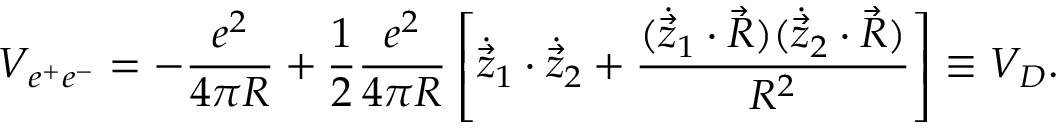
V _ { e ^ { + } e ^ { - } } = - { \frac { e ^ { 2 } } { 4 \pi R } } + { \frac { 1 } { 2 } } { \frac { e ^ { 2 } } { 4 \pi R } } \left[ { \dot { \vec { z } } } _ { 1 } \cdot { \dot { \vec { z } } } _ { 2 } + { \frac { ( { \dot { \vec { z } } } _ { 1 } \cdot \vec { R } ) ( { \dot { \vec { z } } } _ { 2 } \cdot \vec { R } ) } { R ^ { 2 } } } \right] \equiv V _ { D } .